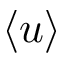
\langle u \rangle